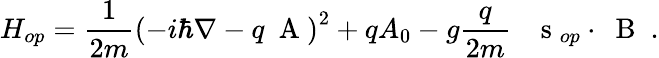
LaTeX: H_{op}=\frac{1}{2m}\left(-i\hbar\nabla-q\mathrm{~\mathbf~A~}\right)^{2}+qA_{0}-g\frac{q}{2m}\; \; \mathrm{~\mathbf~s~}_{op}\cdot\mathrm{~\mathbf~B~}\; .